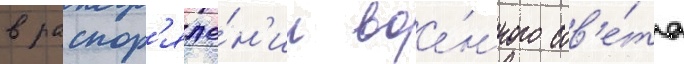
в распор'яже́н'ии вое́нного сов'е́та